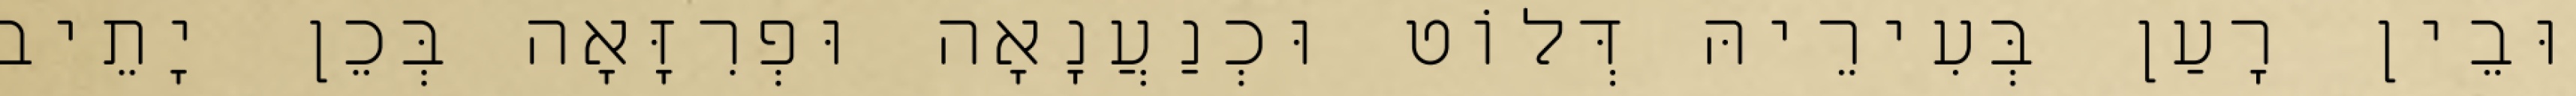
וּבֵין רָעַן בְּעִירֵיהּ דְּלוֹט וּכְנַעֲנָאָה וּפְרִזָּאָה בְּכֵן יָתֵיב